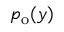
p _ { \mathrm { o } } ( y )